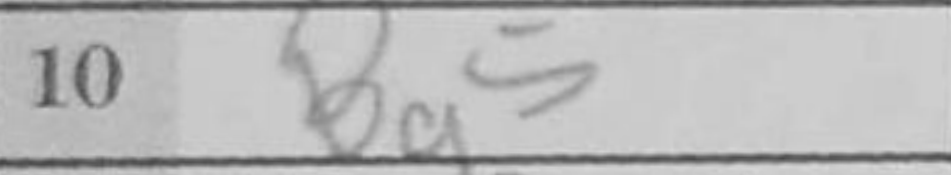
Transcription: Bg5